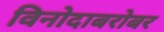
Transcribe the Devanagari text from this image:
विनोदाबरोबर